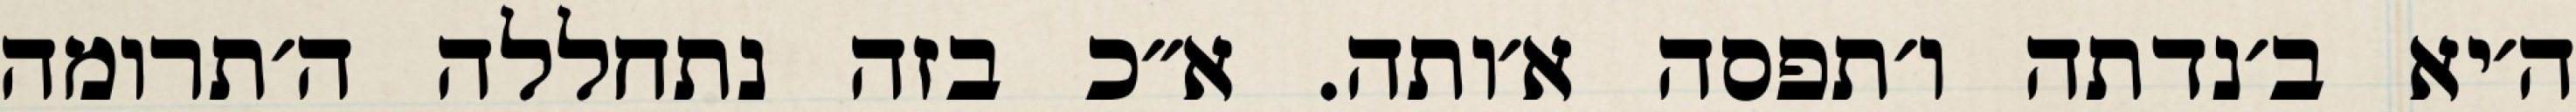
ה׳יא ב׳נדתה ו׳תפסה א׳ותה. א״כ בזה נתחללה ה׳תרומה